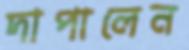
দাপালেন